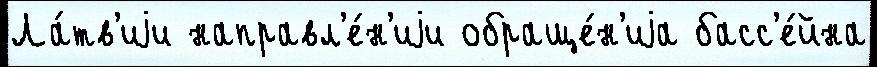
Ла́тв'иjи направл'е́н'иjи обраще́н'иjа басс'е́йна